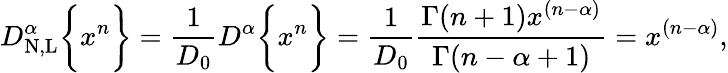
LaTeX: D_{\mathrm{N,L}}^{\alpha}\bigg\{ {x^{n}\bigg\} }=\frac{1}{D_{0}}D^{\alpha}\bigg\{ {x^{n}\bigg\} }=\frac{1}{D_{0}}\frac{\Gamma(n+1)x^{(n-\alpha)}}{\Gamma(n-\alpha+1)}=x^{(n-\alpha)},